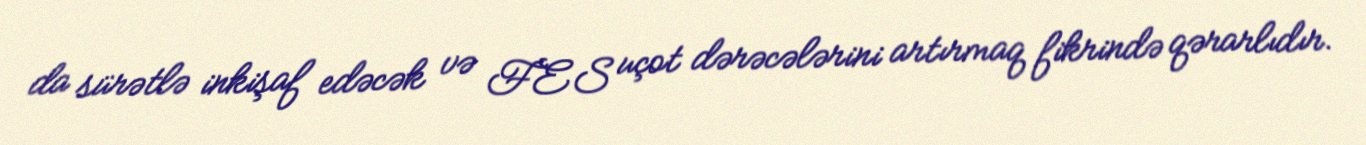
da sürətlə inkişaf edəcək və FES uçot dərəcələrini artırmaq fikrində qərarlıdır.